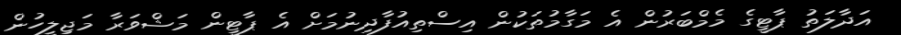
އަދާލަތު ޕާޓީގެ މެމްބަރުން އެ މަގާމުތަކުން އިސްތިއުފާދިނުމަށް އެ ޕާޓީން މަޝްވަރާ މަޖިލީހުން